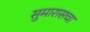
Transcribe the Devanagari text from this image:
सुमारासचा